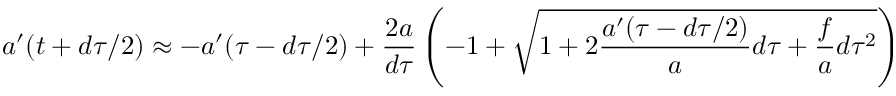
a ^ { \prime } ( t + d \tau / 2 ) \approx - a ^ { \prime } ( \tau - d \tau / 2 ) + { \frac { 2 a } { d \tau } } \left( - 1 + \sqrt { 1 + 2 { \frac { a ^ { \prime } ( \tau - d \tau / 2 ) } { a } } d \tau + { \frac { f } { a } } d \tau ^ { 2 } } \right)